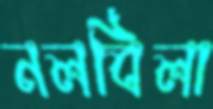
নলবিলা